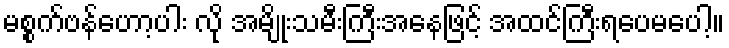
မစ္စက်ဗန်ဟော့ပါး လို အမျိုးသမီးကြီးအနေဖြင့် အထင်ကြီးရပေမပေါ့။